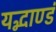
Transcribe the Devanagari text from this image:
यद्भाण्डं